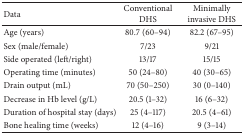
<table><thead><tr><td><b>Data</b></td><td><b>Conventional DHS</b></td><td><b>Minimally invasive DHS</b></td></tr></thead><tbody><tr><td>Age (years)</td><td>80.7 (60–94)</td><td>82.2 (67–95)</td></tr><tr><td>Sex (male/female)</td><td>7/23</td><td>9/21</td></tr><tr><td>Side operated (left/right)</td><td>13/17</td><td>15/15</td></tr><tr><td>Operating time (minutes)</td><td>50 (24–80)</td><td>40 (30–65)</td></tr><tr><td>Drain output (mL)</td><td>70 (50–250)</td><td>30 (0–140)</td></tr><tr><td>Decrease in Hb level (g/L)</td><td>20.5 (1–32)</td><td>16 (6–32)</td></tr><tr><td>Duration of hospital stay (days)</td><td>25 (4–117)</td><td>20.5 (4–61)</td></tr><tr><td>Bone healing time (weeks)</td><td>12 (4–16)</td><td>9 (3–14)</td></tr></tbody></table>